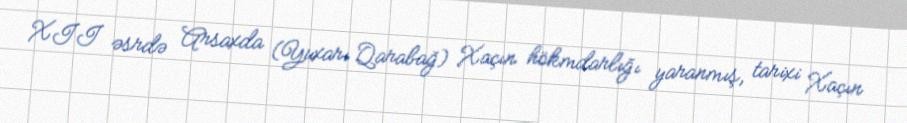
XII əsrdə Arsaxda (Yuxarı Qarabağ) Xaçın hökmdarlığı yaranmış, tarixi Xaçın